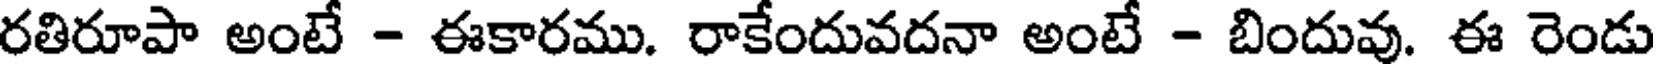
రతిరూపా అంటే - ఈకారము. రాకేందువదనా అంటే - బిందువు. ఈ రెండు